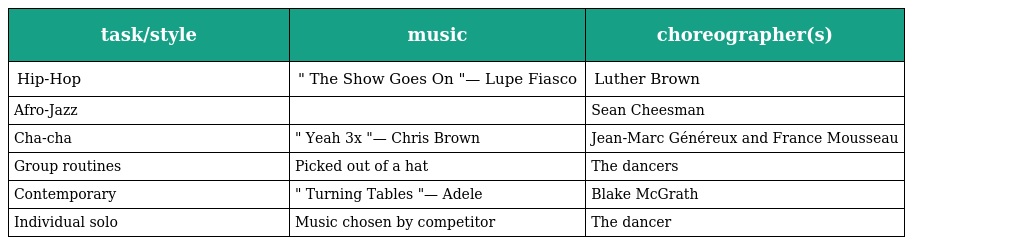
| task/style | music | choreographer(s) |
 | --- | --- | --- |
 | Hip-Hop | " The Show Goes On "— Lupe Fiasco | Luther Brown |
 | Afro-Jazz |  | Sean Cheesman |
 | Cha-cha | " Yeah 3x "— Chris Brown | Jean-Marc Généreux and France Mousseau |
 | Group routines | Picked out of a hat | The dancers |
 | Contemporary | " Turning Tables "— Adele | Blake McGrath |
 | Individual solo | Music chosen by competitor | The dancer |